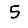
Digit: 5